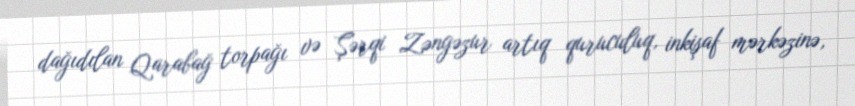
dağıdılan Qarabağ torpağı və Şərqi Zəngəzur artıq quruculuq, inkişaf mərkəzinə,